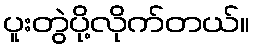
ပူးတွဲပို့လိုက်တယ်။